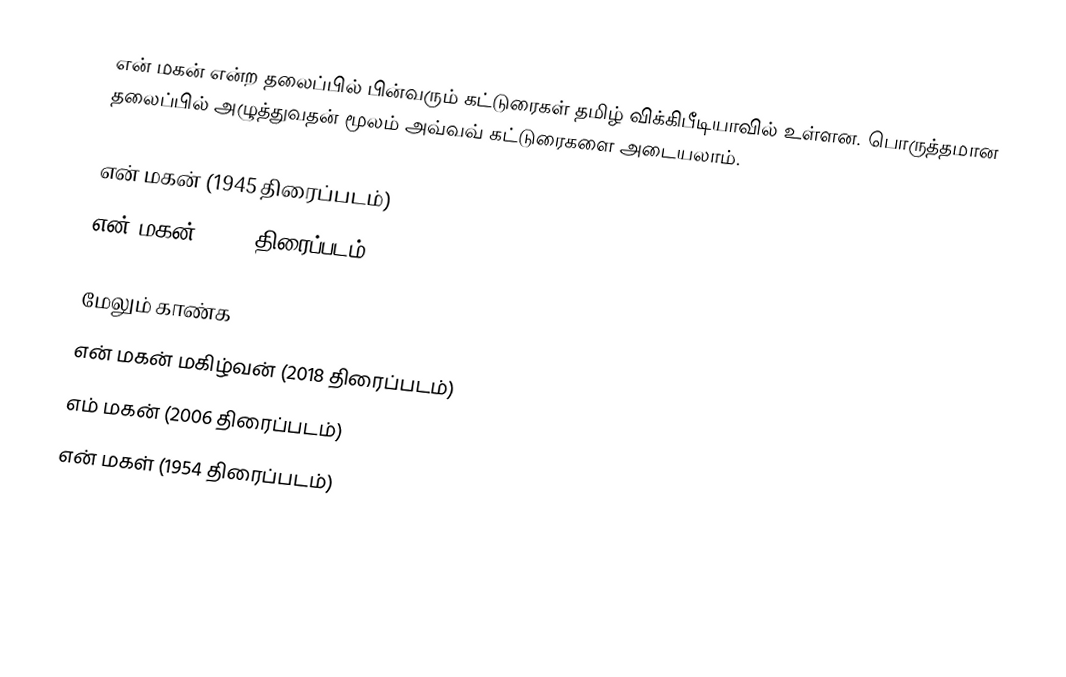
என் மகன் என்ற தலைப்பில் பின்வரும் கட்டுரைகள் தமிழ் விக்கிபீடியாவில் உள்ளன. பொருத்தமான தலைப்பில் அழுத்துவதன் மூலம் அவ்வவ் கட்டுரைகளை அடையலாம்.

என் மகன் (1945 திரைப்படம்)
என் மகன் (1974 திரைப்படம்)

மேலும் காண்க
என் மகன் மகிழ்வன் (2018 திரைப்படம்)
எம் மகன் (2006 திரைப்படம்)
என் மகள் (1954 திரைப்படம்)